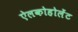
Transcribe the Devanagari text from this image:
ऐलकोहोलेंट